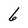
Character: 6